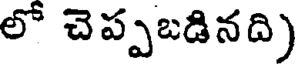
లో చెప్పబడినది)